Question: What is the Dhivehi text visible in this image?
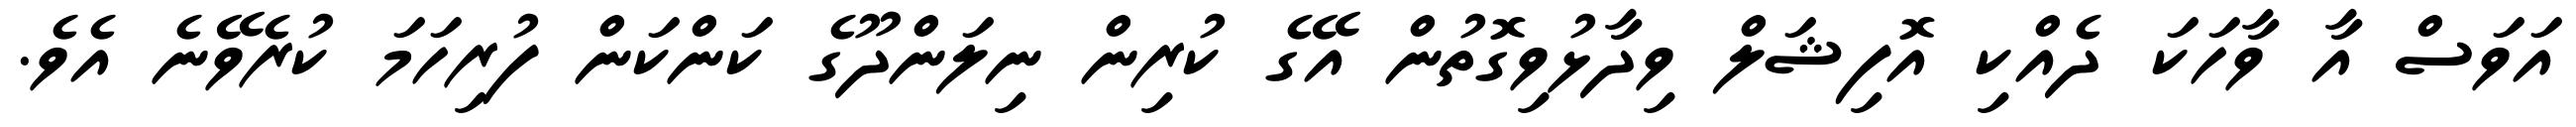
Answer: އަވަސް އާ ވާހަކަ ދެއްކި އޮފިޝަލް ވިދާޅުވިގޮތުން އޭގެ ކުރިން ނިލަންދޫގެ ކަންކަން ފުރިހަމަ ކުރެވޭނެ އެވެ.